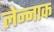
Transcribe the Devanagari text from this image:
लेन्नाक